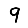
Digit: 9